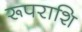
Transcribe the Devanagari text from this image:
रूपराशि